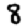
Digit: 8